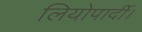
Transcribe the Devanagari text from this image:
लियोपार्दी।